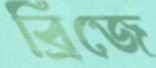
ব্রিজে